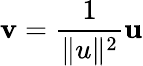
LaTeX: \mathbf{v}={\frac{1}{\| u\| ^{2}}}\mathbf{u}